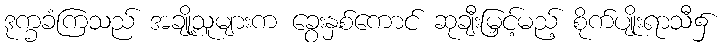
ဒုက္ခခံကြသည် အချို့သူများက ခွေးနှစ်ကောင် ဆုချီးမြှင့်မည့် စိုက်ပျိုးရာသီ၌